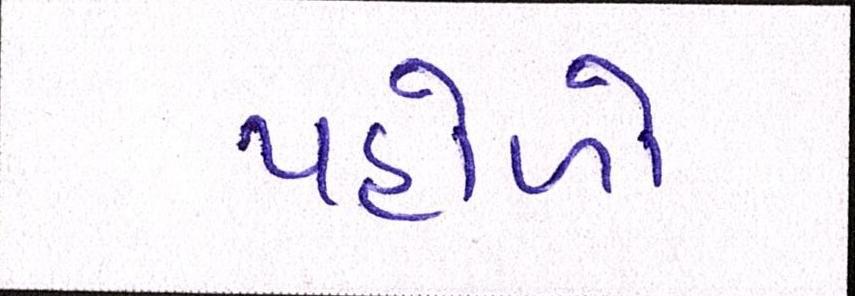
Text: પહોળો